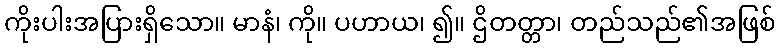
ကိုးပါးအပြားရှိသော။ မာနံ၊ ကို။ ပဟာယ၊ ၍။ ဌိတတ္တာ၊ တည်သည်၏အဖြစ်